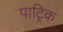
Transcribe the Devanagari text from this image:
पाट्रिक